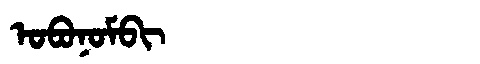
Manchu: ᠣᠪᠣᠨᠣᠮᠪᡳ
Romanization: OBONOMBI